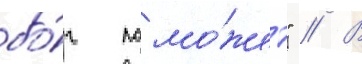
бо́г помо́жет" // В